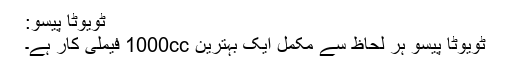
ٹویوٹا پیسو:
ٹویوٹا پیسو ہر لحاظ سے مکمل ایک بہترین 1000cc فیملی کار ہے۔